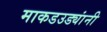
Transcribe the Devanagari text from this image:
माकडउड्यांनी